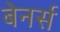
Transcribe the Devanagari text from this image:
बेनर्स